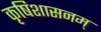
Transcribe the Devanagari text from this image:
कृषिशासनम्